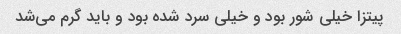
پیتزا خیلی شور بود و خیلی سرد شده بود و باید گرم می‌شد